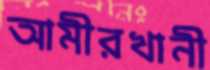
আমীরখানী